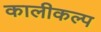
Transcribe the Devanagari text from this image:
कालीकल्प